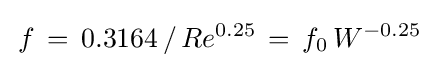
\,f\,=\,0.3164\,/\,Re^{0.25}\,=\,f_{0}\,W^{-0.25}